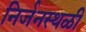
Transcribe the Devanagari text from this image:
निर्जनस्थळी